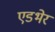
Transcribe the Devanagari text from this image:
एडभेर